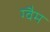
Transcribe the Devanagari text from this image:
ग्वैम